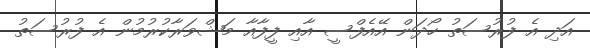
އަދި އެ ފުރުސަތު ހޯދަން އޭއެފްސީ އާއި ފީފާއާ މަޝްވަރާކުރުމުން އެ ފުރުސަތު